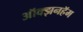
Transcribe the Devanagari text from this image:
ऑक्झनहॅम